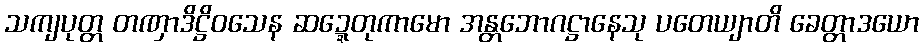
သကျပုတ္တ တဏှာဒိဋ္ဌိဝသေန ဆဍ္ဍေတုကာမော အန္တဘောဂဋ္ဌာနေသု ပတေယျာတိ ခေတ္တာဒယော